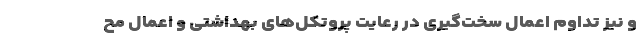
و نیز تداوم اعمال سخت‌گیری در رعایت پروتکل‌های بهداشتی و اعمال مح